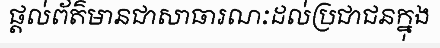
ផ្តល់ព័ត៌មានជាសាធារណៈដល់ប្រជាជនក្នុង